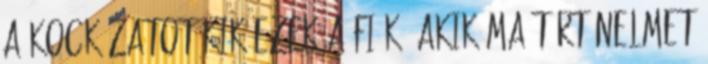
a kockázatot Kik ezek a fiúk, akik ma történelmet